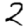
Digit: 2